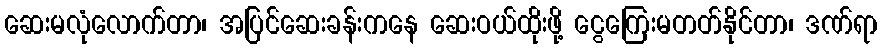
ဆေးမလုံလောက်တာ၊ အပြင်ဆေးခန်းကနေ ဆေးဝယ်ထိုးဖို့ ငွေကြေးမတတ်နိုင်တာ၊ ဒဏ်ရာ